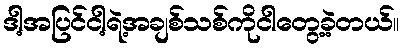
ဒါ့အပြင်ငါ့ရဲ့အချစ်သစ်ကိုငါတွေ့ခဲ့တယ်။